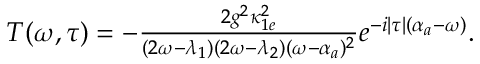
\begin{array} { r } { T ( \omega , \tau ) = - \frac { 2 g ^ { 2 } \kappa _ { 1 e } ^ { 2 } } { ( 2 \omega - \lambda _ { 1 } ) ( 2 \omega - \lambda _ { 2 } ) ( \omega - \alpha _ { a } ) ^ { 2 } } e ^ { - i | \tau | ( \alpha _ { a } - \omega ) } . } \end{array}